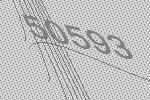
50593